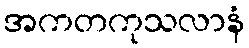
အကတကုသလာနံ